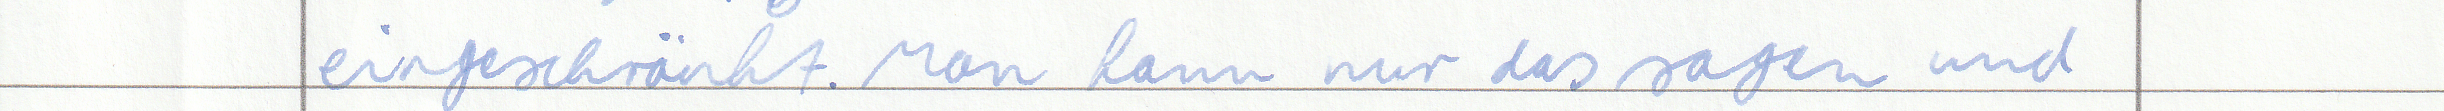
eingeschränkt. Man kann nur das sagen und